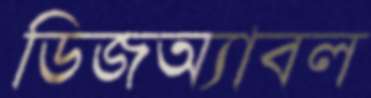
ডিজঅ্যাবল